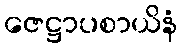
ဇေဋ္ဌာပစာယိနံ